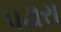
પઢારા